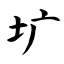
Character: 圹